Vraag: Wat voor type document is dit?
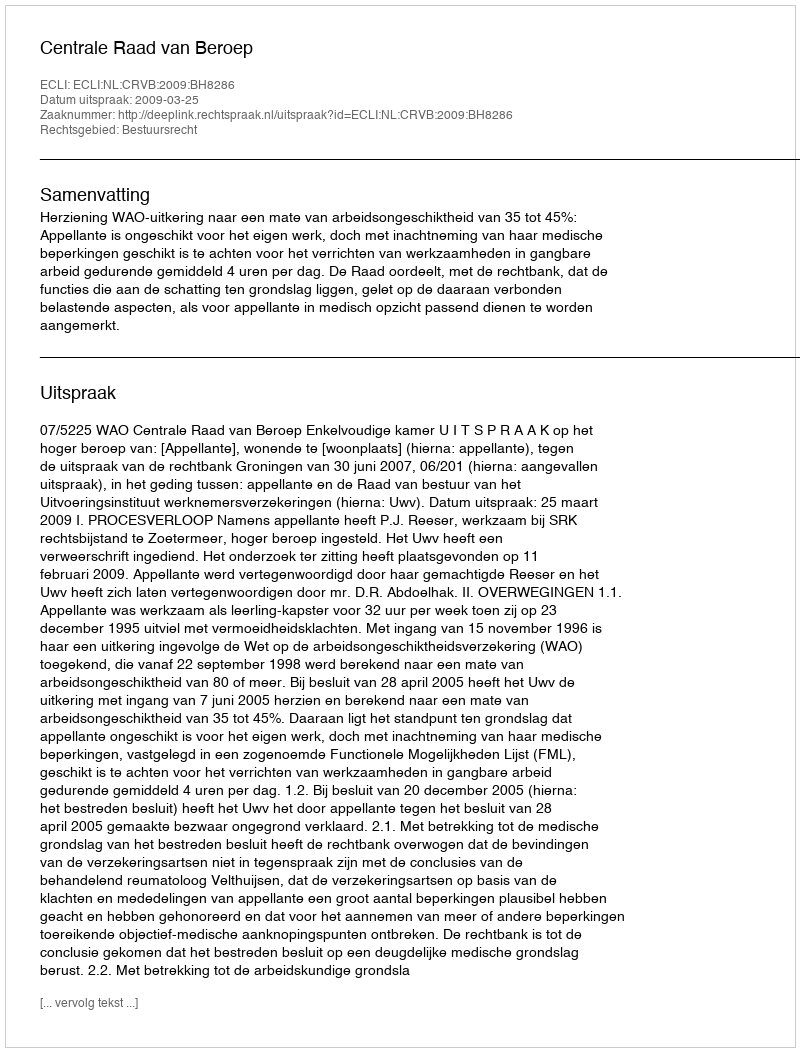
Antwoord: Uitspraak